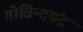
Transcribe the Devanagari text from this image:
गोविन्दचंद्र